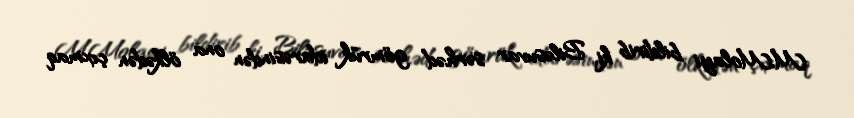
M.Molayi bildirib ki, Biləsuvar sərhəd gömrük idarəsindən ona ölkədən çıxmaq